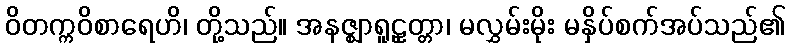
ဝိတက္ကဝိစာရေဟိ၊ တို့သည်။ အနဇ္ဈာရူဠှတ္တာ၊ မလွှမ်းမိုး မနှိပ်စက်အပ်သည်၏